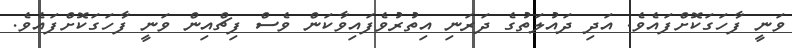
ވަނީ ފާހަގަކޮށްފައެވެ. އަދި ދައުލަތުގެ ދަރަނި އިތުރުވެފައިވާކަން ވެސް ފިޗްއިން ވަނީ ފާހަގަކޮށްފައެވެ.